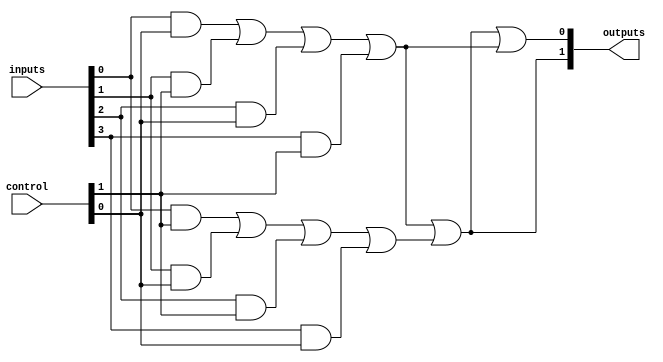
module CLB (
    input wire [N-1:0] inputs,        // Input lines (N inputs)
    input wire [M-1:0] control,       // Control signals (M control signals)
    output wire [P-1:0] outputs       // Output lines (P outputs)
);

// Parameters
parameter N = 4;                    // Number of input lines
parameter M = 2;                    // Number of control signals
parameter P = 2;                    // Number of output lines
parameter K = 4;                    // Number of product terms (AND gates)

// Internal signals
wire [K-1:0] and_terms;             // Product terms from AND gates
wire [P-1:0] or_terms;              // Final output terms from OR gates

// AND gates (Programmable Logic Array)
genvar i;
generate
    for (i = 0; i < K; i = i + 1) begin : and_gates
        assign and_terms[i] = (inputs[0] & control[i % M]) | 
                             (inputs[1] & control[(i + 1) % M]) |
                             (inputs[2] & control[(i + 2) % M]) |
                             (inputs[3] & control[(i + 3) % M]);
    end
endgenerate

// OR gates to combine product terms into outputs
assign outputs[0] = and_terms[0] | and_terms[1] | and_terms[2];
assign outputs[1] = and_terms[2] | and_terms[3];

// Feedback paths (optional, can be enabled based on design requirements)
// Example: feedback from output 0 to input 0
wire feedback;
assign feedback = outputs[0] & control[0]; // Feedback control signal

// Timing considerations (not implemented in this simple model)
// In a real design, you would need to consider propagation delays and timing constraints

endmodule